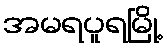
အမရပူရမြို့